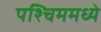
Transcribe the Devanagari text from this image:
पश्चिममध्ये